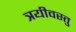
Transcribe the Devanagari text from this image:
त्रयीवस्तु